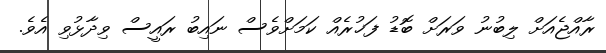
ރާއްޖެއަށް ލިބުނު ވަރަށް ބޮޑު ފަޚުރެއް ކަމަށްވެސް ނައިބު ރައީސް ވިދާޅުވި އެވެ.